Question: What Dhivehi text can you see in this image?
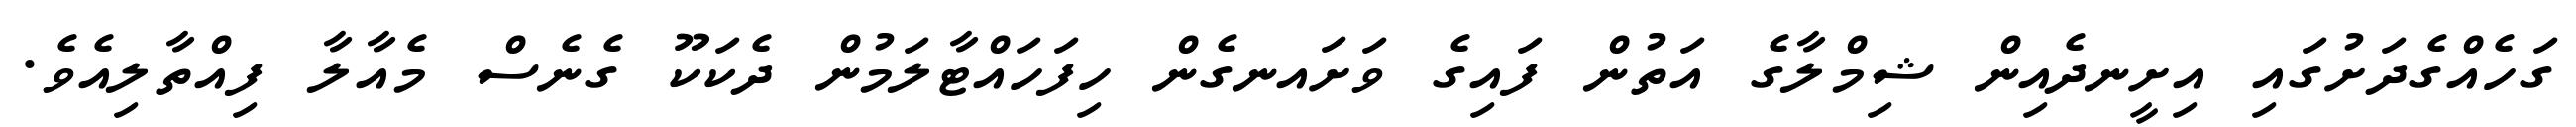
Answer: ގަހެއްގެދަށުގައި އިށީނދެއިން ޝިމްލާގެ އަތުން ފައިގެ ވަށައނގެން ހިފަހައްޓާލަމުން ދެކަކޫ ގެނެސް މެއާލާ ފިއްތާލިއެވެ.